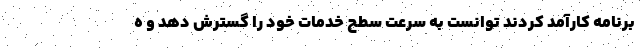
برنامه کارآمد کردند توانست به سرعت سطح خدمات خود را گسترش دهد و ه